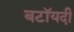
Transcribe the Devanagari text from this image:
बटॉयदी